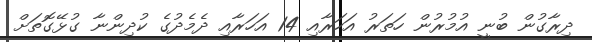
ދިރާގުން ބުނީ އުމުުރުން ހަތަރު އަހަރާއި 14 އަހަރާއި ދެމެދުގެ ކުދިންނާ ގުޅޭގޮތަށް